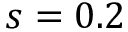
s = 0 . 2